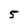
Character: 5